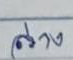
ล่าง